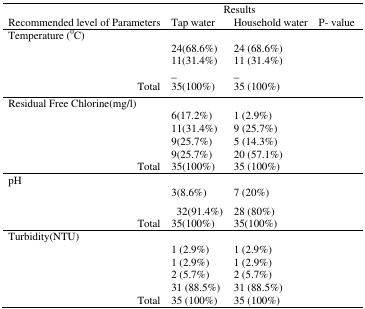
<table><thead><tr><td colspan="3">[EMPTY_CELL]</td><td colspan="2"><b>Results</b></td><td>[EMPTY_CELL]</td></tr><tr><td colspan="3"><b>Recommended level of Parameters</b></td><td><b>Tap water</b></td><td><b>Household water</b></td><td><b>P- value</b></td></tr></thead><tbody><tr><td colspan="2">Temperature (°C)</td><td>[EMPTY_CELL]</td><td>[EMPTY_CELL]</td><td>[EMPTY_CELL]</td><td>[EMPTY_CELL]</td></tr><tr><td>[EMPTY_CELL]</td><td>[EMPTY_CELL]</td><td>[EMPTY_CELL]</td><td>24(68.6%)</td><td>24 (68.6%)</td><td>[EMPTY_CELL]</td></tr><tr><td>[EMPTY_CELL]</td><td>[EMPTY_CELL]</td><td>[EMPTY_CELL]</td><td>11(31.4%)</td><td>11 (31.4%)</td><td>[EMPTY_CELL]</td></tr><tr><td>[EMPTY_CELL]</td><td>[EMPTY_CELL]</td><td>[EMPTY_CELL]</td><td>_</td><td>_</td><td>[EMPTY_CELL]</td></tr><tr><td>[EMPTY_CELL]</td><td>[EMPTY_CELL]</td><td>Total</td><td>35(100%)</td><td>35 (100%)</td><td>[EMPTY_CELL]</td></tr><tr><td colspan="3">Residual Free Chlorine(mg/l)</td><td>[EMPTY_CELL]</td><td>[EMPTY_CELL]</td><td>[EMPTY_CELL]</td></tr><tr><td>[EMPTY_CELL]</td><td>[EMPTY_CELL]</td><td>[EMPTY_CELL]</td><td>6(17.2%)</td><td>1 (2.9%)</td><td>[EMPTY_CELL]</td></tr><tr><td>[EMPTY_CELL]</td><td>[EMPTY_CELL]</td><td>[EMPTY_CELL]</td><td>11(31.4%)</td><td>9 (25.7%)</td><td>[EMPTY_CELL]</td></tr><tr><td>[EMPTY_CELL]</td><td>[EMPTY_CELL]</td><td>[EMPTY_CELL]</td><td>9(25.7%)</td><td>5 (14.3%)</td><td>[EMPTY_CELL]</td></tr><tr><td>[EMPTY_CELL]</td><td>[EMPTY_CELL]</td><td>[EMPTY_CELL]</td><td>9(25.7%)</td><td>20 (57.1%)</td><td>[EMPTY_CELL]</td></tr><tr><td>[EMPTY_CELL]</td><td>[EMPTY_CELL]</td><td>Total</td><td>35(100%)</td><td>35 (100%)</td><td>[EMPTY_CELL]</td></tr><tr><td>pH</td><td>[EMPTY_CELL]</td><td>[EMPTY_CELL]</td><td>[EMPTY_CELL]</td><td>[EMPTY_CELL]</td><td>[EMPTY_CELL]</td></tr><tr><td>[EMPTY_CELL]</td><td>[EMPTY_CELL]</td><td>[EMPTY_CELL]</td><td>3(8.6%)</td><td>7 (20%)</td><td>[EMPTY_CELL]</td></tr><tr><td>[EMPTY_CELL]</td><td>[EMPTY_CELL]</td><td>[EMPTY_CELL]</td><td>32(91.4%)</td><td>28 (80%)</td><td>[EMPTY_CELL]</td></tr><tr><td>[EMPTY_CELL]</td><td>[EMPTY_CELL]</td><td>Total</td><td>35(100%)</td><td>35(100%)</td><td>[EMPTY_CELL]</td></tr><tr><td colspan="2">Turbidity(NTU)</td><td>[EMPTY_CELL]</td><td>[EMPTY_CELL]</td><td>[EMPTY_CELL]</td><td>[EMPTY_CELL]</td></tr><tr><td>[EMPTY_CELL]</td><td>[EMPTY_CELL]</td><td>[EMPTY_CELL]</td><td>1 (2.9%)</td><td>1 (2.9%)</td><td>[EMPTY_CELL]</td></tr><tr><td>[EMPTY_CELL]</td><td>[EMPTY_CELL]</td><td>[EMPTY_CELL]</td><td>1 (2.9%)</td><td>1 (2.9%)</td><td>[EMPTY_CELL]</td></tr><tr><td>[EMPTY_CELL]</td><td>[EMPTY_CELL]</td><td>[EMPTY_CELL]</td><td>2 (5.7%)</td><td>2 (5.7%)</td><td>[EMPTY_CELL]</td></tr><tr><td>[EMPTY_CELL]</td><td>[EMPTY_CELL]</td><td>[EMPTY_CELL]</td><td>31 (88.5%)</td><td>31 (88.5%)</td><td>[EMPTY_CELL]</td></tr><tr><td>[EMPTY_CELL]</td><td>[EMPTY_CELL]</td><td>Total</td><td>35 (100%)</td><td>35 (100%)</td><td>[EMPTY_CELL]</td></tr></tbody></table>